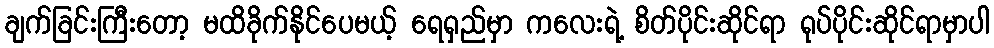
ချက်ခြင်းကြီးတော့ မထိခိုက်နိုင်ပေမယ့် ရေရှည်မှာ ကလေးရဲ့ စိတ်ပိုင်းဆိုင်ရာ ရုပ်ပိုင်းဆိုင်ရာမှာပါ